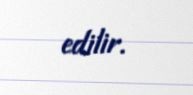
edilir.